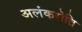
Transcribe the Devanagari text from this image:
अलंकरोति